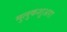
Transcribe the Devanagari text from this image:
मुलुकशुअरा